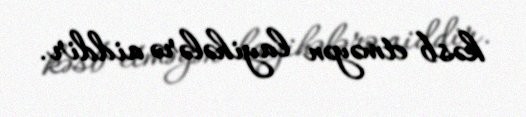
kəsb etməyən layihələrə aiddir.